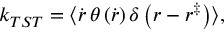
k _ { T S T } = \langle \dot { r } \, \theta \left( \dot { r } \right) \delta \left( r - r ^ { \ddagger } \right) \rangle ,